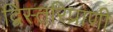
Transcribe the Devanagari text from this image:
द्विस्तरिप्राणी